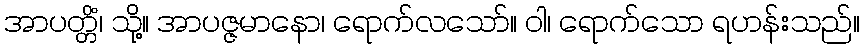
အာပတ္တိံ၊ သို့။ အာပဇ္ဇမာနော၊ ရောက်လသော်။ ဝါ၊ ရောက်သော ရဟန်းသည်။